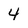
Character: 4